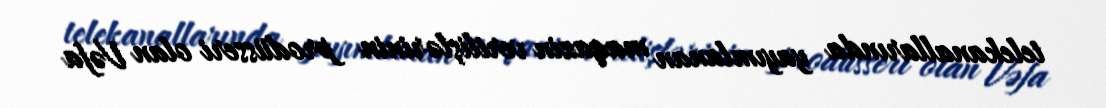
telekanallarında yayımlanan maqazin verilişlərinin prodüsseri olan Vəfa